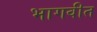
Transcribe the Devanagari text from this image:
भागवीत